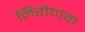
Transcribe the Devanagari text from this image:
निरोपावा